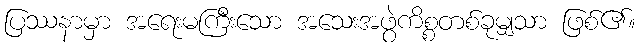
ပြဿနာမှာ အရေးမကြီးသော အသေးအဖွဲကိစ္စတစ်ခုမျှသာ ဖြစ်၏။